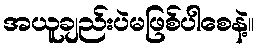
အယူချည်းပဲမဖြစ်ပါစေနဲ့။